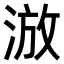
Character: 𣷫